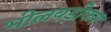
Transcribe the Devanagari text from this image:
भीलवड़ीकर